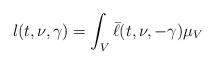
LaTeX: \begin{align*}l(t,\nu,\gamma)=\int_V \bar{\ell}(t,\nu,-\gamma)\mu_V\end{align*}